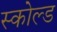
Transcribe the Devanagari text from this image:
स्कोल्ड